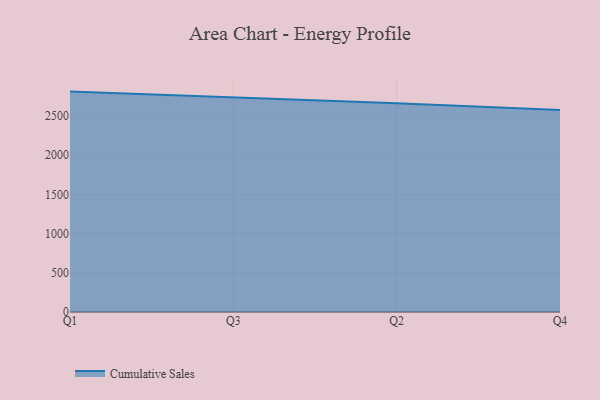
{"axis": {"x": "Quarter", "y": "Conversion Rate (%)"}, "legend": ["Cumulative Sales"], "data": [{"x": "Q1", "y": 2809.8, "type": "Cumulative Sales"}, {"x": "Q3", "y": 2737.8, "type": "Cumulative Sales"}, {"x": "Q2", "y": 2662.1, "type": "Cumulative Sales"}, {"x": "Q4", "y": 2575.2, "type": "Cumulative Sales"}]}